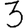
Digit: 3